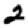
Digit: 2